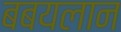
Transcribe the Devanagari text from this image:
बबयलान